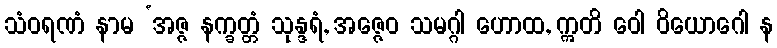
သံဝရဏံ နာမ ‘အဇ္ဇ နက္ခတ္တံ သုန္ဒရံ, အဇ္ဇေဝ သမဂ္ဂါ ဟောထ, ဣတိ ဝေါ ဝိယောဂေါ န